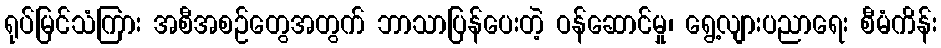
ရုပ်မြင်သံကြား အစီအစဉ်တွေအတွက် ဘာသာပြန်ပေးတဲ့ ဝန်ဆောင်မှု၊ ရွေ့လျားပညာရေး စီမံကိန်း